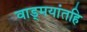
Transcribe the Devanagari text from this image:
वाड्मयांतहि